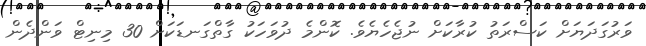
ވަރުގަދަޔަށް ކަސްރަތު ކުރާކަށް ނުޖެހެޔެވެ. ކޮންމެ ދުވަހަކު ގާތްގަނޑަކަށް 30 މިނިޓް ވަންދެން